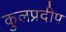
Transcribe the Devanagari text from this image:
कुलप्रदीप